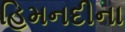
હિમનદીના